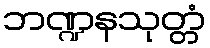
ဘဏ္ဍနသုတ္တံ